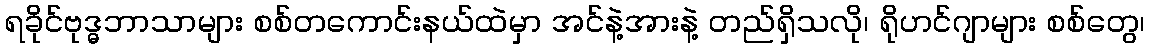
ရခိုင်ဗုဒ္ဓဘာသာများ စစ်တကောင်းနယ်ထဲမှာ အင်နဲ့အားနဲ့ တည်ရှိသလို၊ ရိုဟင်ဂျာများ စစ်တွေ၊